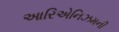
આરિએનિઝમની